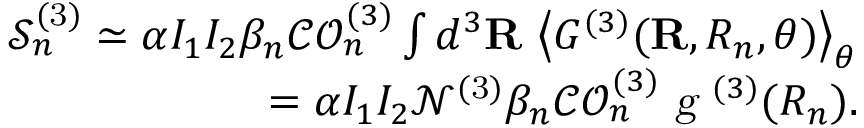
\begin{array} { r } { \mathcal { S } _ { n } ^ { ( \mathrm { 3 } ) } \simeq \alpha I _ { 1 } I _ { 2 } \beta _ { n } \mathcal { C O } _ { n } ^ { ( 3 ) } \int d ^ { 3 } \mathbf { R } \, \left\langle { G ^ { ( 3 ) } } ( \mathbf { R } , R _ { n } , \theta ) \right\rangle _ { \theta } } \\ { = \alpha I _ { 1 } I _ { 2 } \mathcal { N } ^ { ( \mathrm { 3 } ) } \beta _ { n } \mathcal { C O } _ { n } ^ { ( 3 ) } \textsl { g } ^ { ( 3 ) } ( R _ { n } ) . } \end{array}